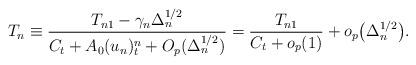
LaTeX: \begin{align*} T_n\equiv\frac{T_{n1}-\gamma_n\Delta_n^{1/2}}{C_t+A_0(u_n)^n_t+O_p(\Delta_n^{1/2})}=\frac{T_{n1}}{C_t+o_p(1)}+o_p\bigl(\Delta_n^{1/2}\bigr).\end{align*}